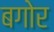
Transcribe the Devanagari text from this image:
बगोर